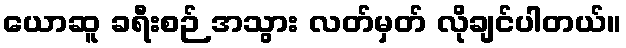
ယောဆူ ခရီးစဉ် အသွား လတ်မှတ် လိုချင်ပါတယ်။